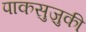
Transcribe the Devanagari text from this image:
पाकसुज़ुकी